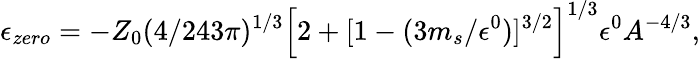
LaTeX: \epsilon_{zero}=-Z_{0}(4/243\pi)^{1/3}\left[2+[1-(3m_{s}/\epsilon^{0})]^{3/2}\right]^{1/3}\epsilon^{0}A^{-4/3},